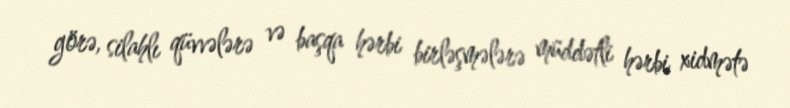
görə, silahlı qüvvələrə və başqa hərbi birləşmələrə müddətli hərbi xidmətə